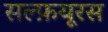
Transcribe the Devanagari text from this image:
सल्फ़यूरस